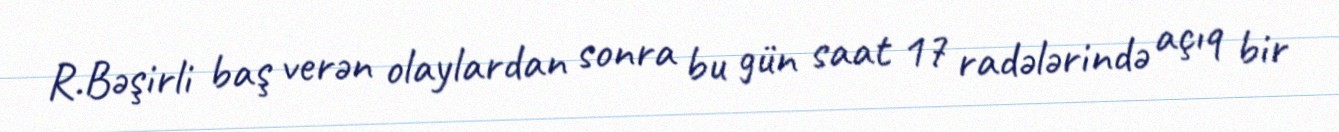
R.Bəşirli baş verən olaylardan sonra bu gün saat 17 radələrində açıq bir